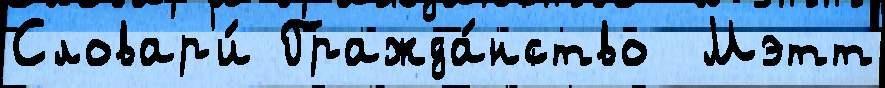
Словар'и́ Гражда́нство  Мэтт